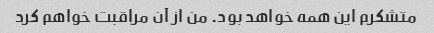
متشکرم این همه خواهد بود. من از آن مراقبت خواهم کرد